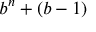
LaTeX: b ^ { n } + ( b - 1 )